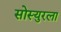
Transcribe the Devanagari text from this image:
सोस्युरला